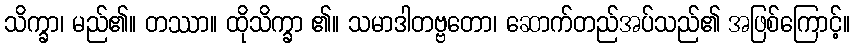
သိက္ခာ၊ မည်၏။ တဿာ။ ထိုသိက္ခာ ၏။ သမာဒါတဗ္ဗတော၊ ဆောက်တည်အပ်သည်၏ အဖြစ်ကြောင့်။